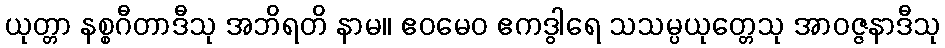
ယုတ္တာ နစ္စဂီတာဒီသု အဘိရတိ နာမ။ ဧဝမေဝ ဧကဒွါရေ သသမ္ပယုတ္တေသု အာဝဇ္ဇနာဒီသု